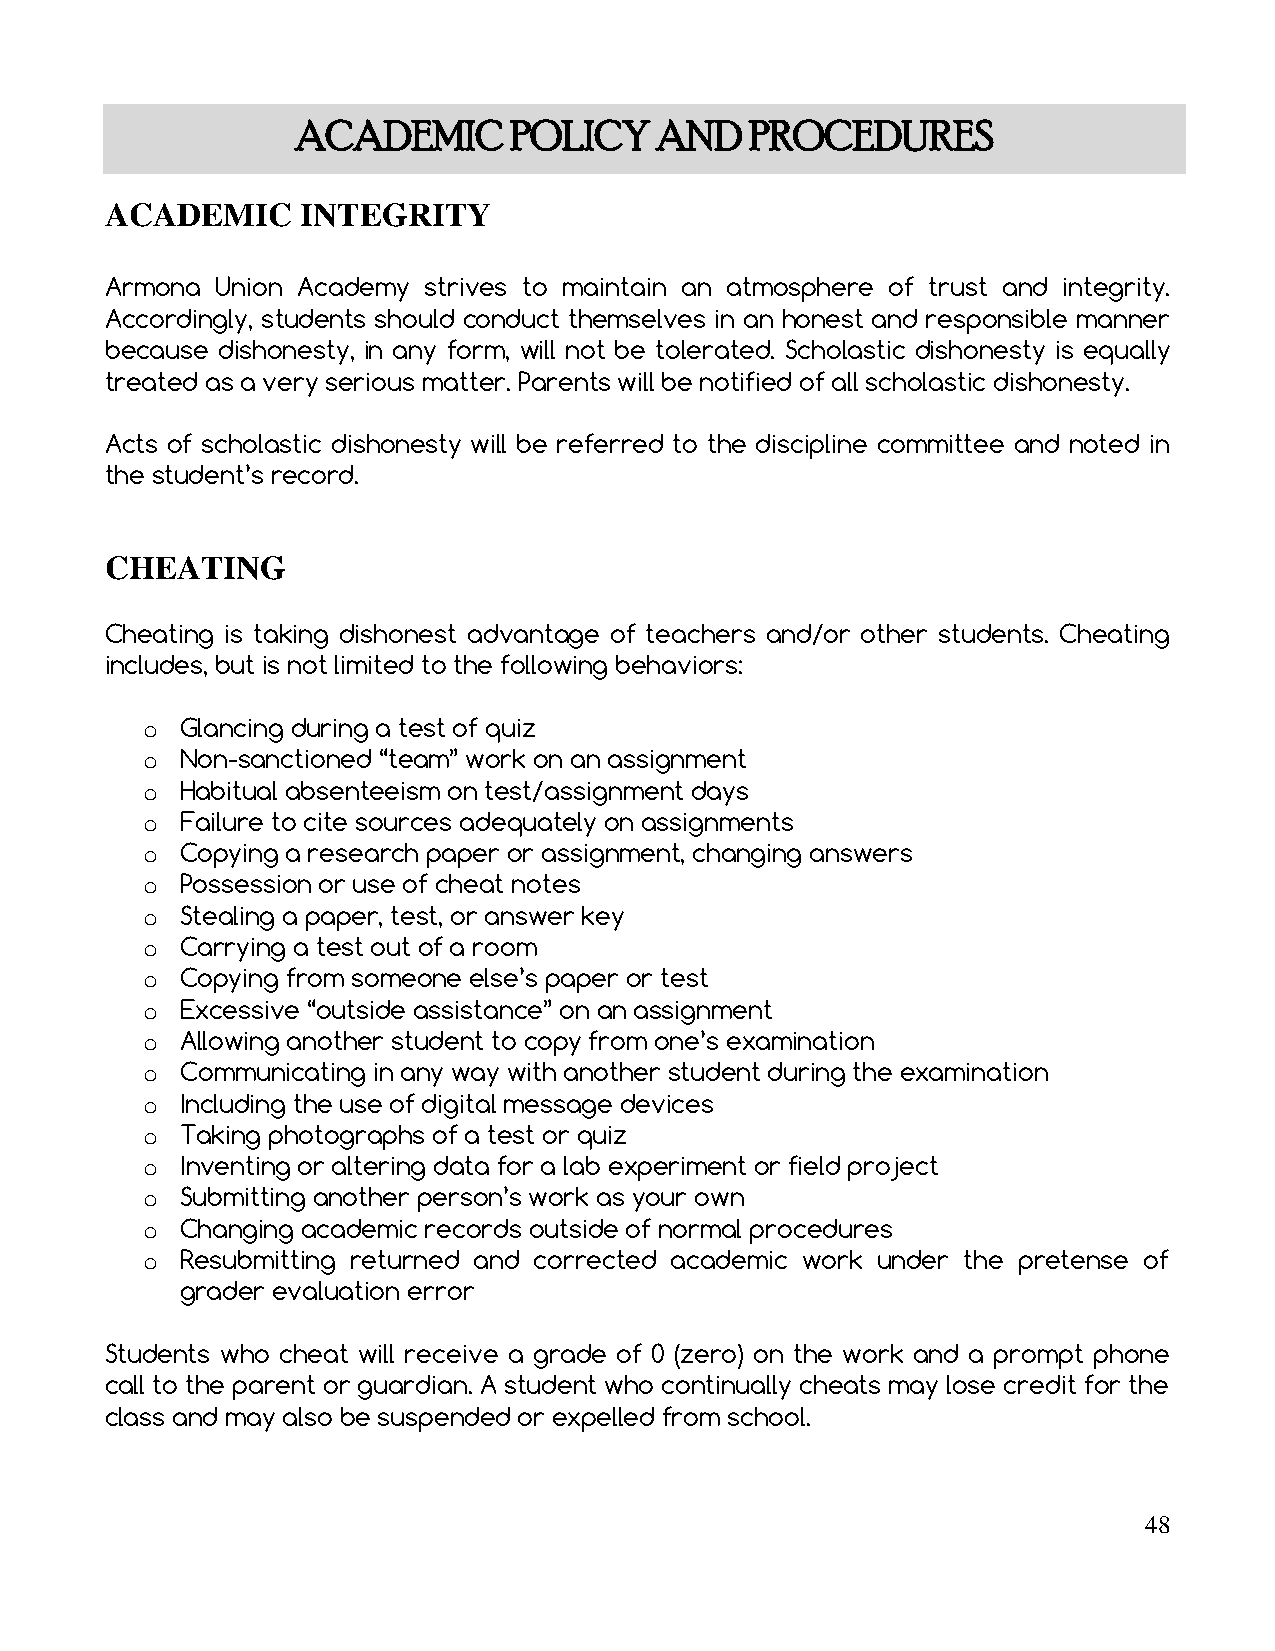
ACADEMIC      POLICY   AND    PROCEDURES
 ACADEMIC     INTEGRITY
 Armona Union Academy strives to maintain an atmosphere of trust and integrity.
 Accordingly, students should conduct themselves in an honest and responsible manner
 because dishonesty, in any form, will not be tolerated. Scholastic dishonesty is equally
 treated as a very serious matter. Parents will be notified of all scholastic dishonesty.
 Acts of scholastic dishonesty will be referred to the discipline committee and noted in
 the student’s record.
 CHEATING
 Cheating is taking dishonest advantage of teachers and/or other students. Cheating
 includes, but is not limited to the following behaviors:
 o  Glancing during a test of quiz
 o  Non-sanctioned “team” work on an assignment
 o  Habitual absenteeism on test/assignment days
 o  Failure to cite sources adequately on assignments
 o  Copying a research paper or assignment, changing answers
 o  Possession or use of cheat notes
 o  Stealing a paper, test, or answer key
 o  Carrying a test out of a room
 o  Copying from someone else’s paper or test
 o  Excessive “outside assistance” on an assignment
 o  Allowing another student to copy from one’s examination
 o  Communicating in any way with another student during the examination
 o  Including the use of digital message devices
 o  Taking photographs of a test or quiz
 o  Inventing or altering data for a lab experiment or field project
 o  Submitting another person’s work as your own
 o  Changing academic records outside of normal procedures
 o  Resubmitting returned and corrected academic work under the pretense of
 grader evaluation error
 Students who cheat will receive a grade of 0 (zero) on the work and a prompt phone
 call to the parent or guardian. A student who continually cheats may lose credit for the
 class and may also be suspended or expelled from school.
 48